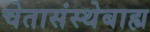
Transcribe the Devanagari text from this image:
चेतासंस्थेबाह्य